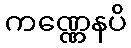
ကဏ္ဏေနပိ